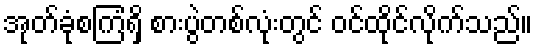
အုတ်ခုံစကြံရှိ စားပွဲတစ်လုံးတွင် ဝင်ထိုင်လိုက်သည်။